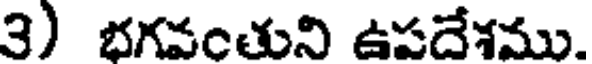
3) భగవంతుని ఉపదేశము.